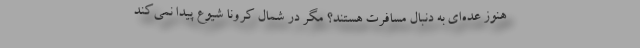
هنوز عده‌ای به دنبال مسافرت هستند؟ مگر در شمال کرونا شیوع پیدا نمی‌کند